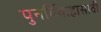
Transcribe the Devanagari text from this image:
पुनर्विवाहासाठी